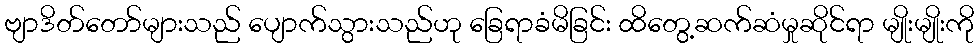
ဗျာဒိတ်တော်များသည် ပျောက်သွားသည်ဟု ခြေရာခံမိခြင်း ထိတွေ့ဆက်ဆံမှုဆိုင်ရာ မျိုးမျိုးကို